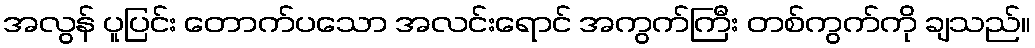
အလွန် ပူပြင်း တောက်ပသော အလင်းရောင် အကွက်ကြီး တစ်ကွက်ကို ချသည်။